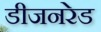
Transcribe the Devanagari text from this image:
डीजनरेड